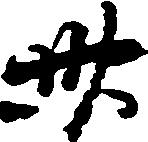
卅